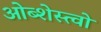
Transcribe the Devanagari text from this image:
ओब्शेस्त्वो